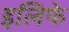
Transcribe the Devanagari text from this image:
इलिफे